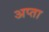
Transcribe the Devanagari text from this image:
अप्ता